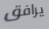
يرافق